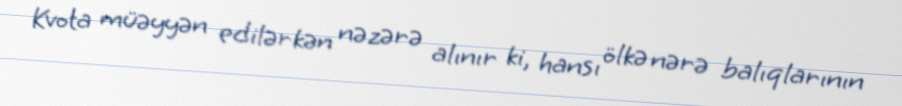
Kvota müəyyən edilərkən nəzərə alınır ki, hansı ölkə nərə balıqlarının